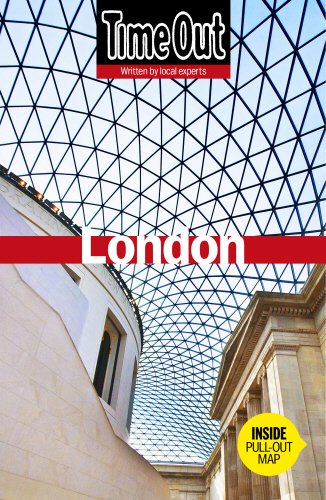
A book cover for Time Out London (Time Out Guides); Travel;